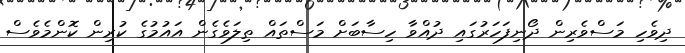
ދިވެހި މަސްވެރިން ދޯނިފަހަރުގައި ދުއްވާ ހިސާބަށް މަސްތައް ތިލަވެގެން އައުމުގެ ކުރިން ކޮންމެވެސް